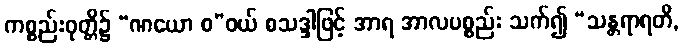
ကစ္စည်းဝုတ္တိ၌ “ဏယော စ”ဝယ် စသဒ္ဒါဖြင့် အာရ အာလပစ္စည်း သက်၍ “သန္တရာရတိ,